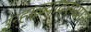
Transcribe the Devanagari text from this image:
उन्हाळ्यादरम्यान